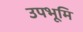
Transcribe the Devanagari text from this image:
उपभूमि